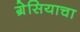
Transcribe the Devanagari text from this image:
ग्रेसियाचा